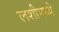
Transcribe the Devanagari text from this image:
लशीमध्ये